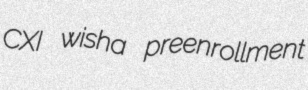
CXI wisha preenrollment